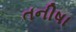
તનીષા